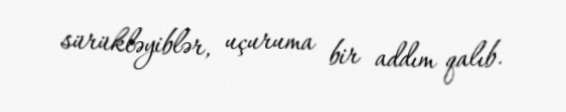
sürükləyiblər, uçuruma bir addım qalıb.